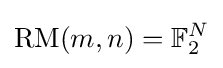
\mathrm {RM} (m,n)=\mathbb {F} _{2}^{N}